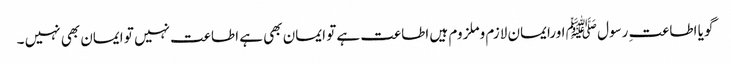
گویا اطاعتِ رسول ﷺ اورایمان لازم وملزوم ہیں اطاعت ہے تو ایمان بھی ہے اطاعت نہیں تو ایمان بھی نہیں ۔